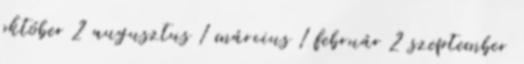
október 2 augusztus 1 március 1 február 2 szeptember